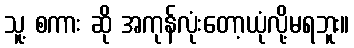
သူ့ စကား ဆို အကုန်လုံးတော့ယုံလို့မရဘူး။